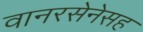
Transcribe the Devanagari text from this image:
वानरसेनेसह